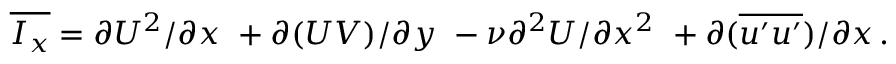
\overline { { I _ { x } } } = \partial U ^ { 2 } / \partial x \, \, + \partial ( U V ) / \partial y \, \, - \nu \partial ^ { 2 } U / \partial x ^ { 2 } \, \, + \partial ( \overline { { u ^ { \prime } u ^ { \prime } } } ) / \partial x \, .